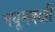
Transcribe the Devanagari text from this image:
मधूमक्खी